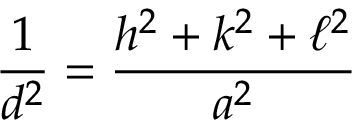
{ \frac { 1 } { d ^ { 2 } } } = { \frac { h ^ { 2 } + k ^ { 2 } + \ell ^ { 2 } } { a ^ { 2 } } }